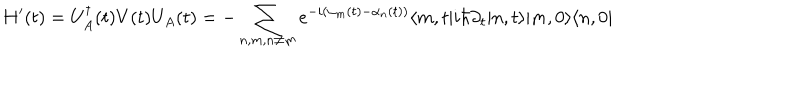
H ^ { \prime } ( t ) = U _ { A } ^ { \dagger } ( t ) V ( t ) U _ { A } ( t ) = - \sum _ { n , m , n \neq m } e ^ { - i ( \alpha _ { m } ( t ) - \alpha _ { n } ( t ) ) } \langle m , t | i \hbar \partial _ { t } | n , t \rangle | m , 0 \rangle \langle n , 0 |